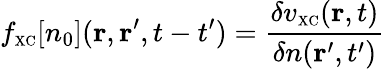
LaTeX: f_{\scriptscriptstyle\mathrm{XC}}[n_{0}]({\mathbf r},{\mathbf r}^{\prime},t-t^{\prime})=\frac{\delta v_{\scriptscriptstyle\mathrm{XC}}({\mathbf r},t)}{\delta n({\mathbf r}^{\prime},t^{\prime})}